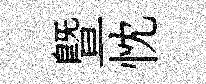
暨忱